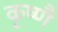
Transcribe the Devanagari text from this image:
कृष्णै